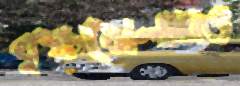
বৃক্ষমেলায়ও